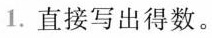
1.直接写出得数。